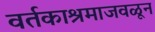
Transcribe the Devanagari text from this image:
वर्तकाश्रमाजवळून